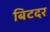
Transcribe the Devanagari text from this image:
बिटदर